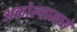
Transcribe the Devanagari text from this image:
अकोल्यामध्ये